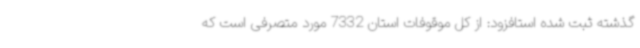
گذشته ثبت شده استافزود: از کل موقوفات استان 7332 مورد متصرفی است که